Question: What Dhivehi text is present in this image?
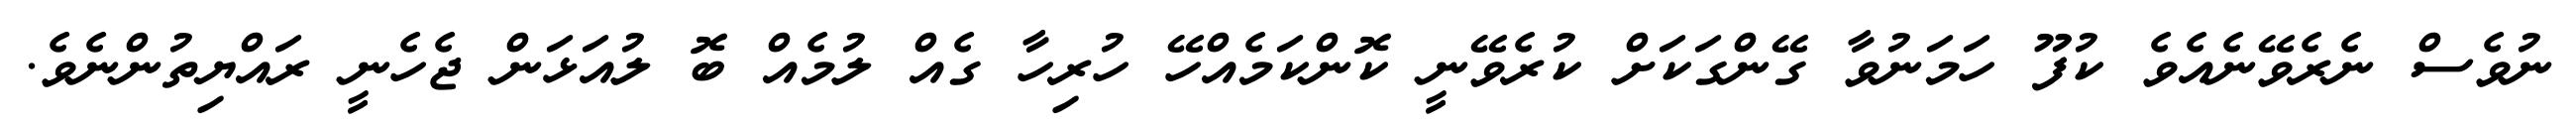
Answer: ނުވެސް ނެރެވޭނެއެވެ ކުފޫ ހަމަނުވާ ގޭންގަކަށް ކުރެވޭނީ ކޮންކަމެއްހޭ ހުރިހާ ގެއް ލުމެއް ބޮ ލުއަޅަން ޖެހެނީ ރައްޔިތުންނެވެ.